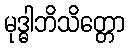
မုဒ္ဓါဘိသိတ္တော